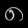
Digit: ၈